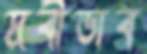
দ্রবীভাব